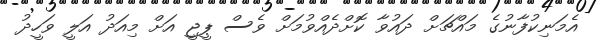
އެމަނިކުފާނުގެ މައްޗަށް ދައުވާ ކޮށްދެއްވުމަށް ވެސް ޕީޖީ އަށް މިއަދު އަލީ ވަހީދު